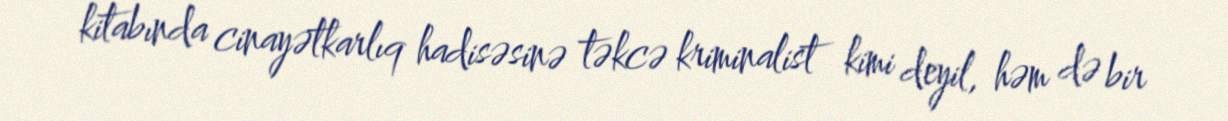
kitabında cinayətkarlıq hadisəsinə təkcə kriminalist kimi deyil, həm də bir